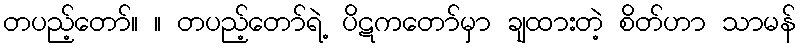
တပည့်တော်။ ။ တပည့်တော်ရဲ့ ပိဋကတော်မှာ ချထားတဲ့ စိတ်ဟာ သာမန်